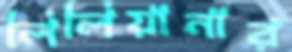
লিলিয়ানার